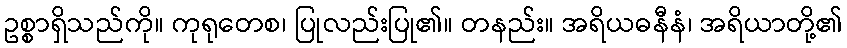
ဥစ္စာရှိသည်ကို။ ကုရုတေစ၊ ပြုလည်းပြု၏။ တနည်း။ အရိယဓနီနံ၊ အရိယာတို့၏